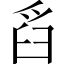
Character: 舀